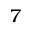
^ 7